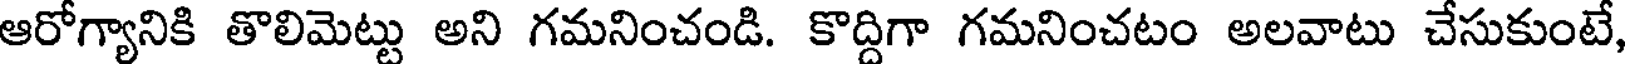
ఆరోగ్యానికి తొలిమెట్టు అని గమనించండి. కొద్దిగా గమనించటం అలవాటు చేసుకుంటే,